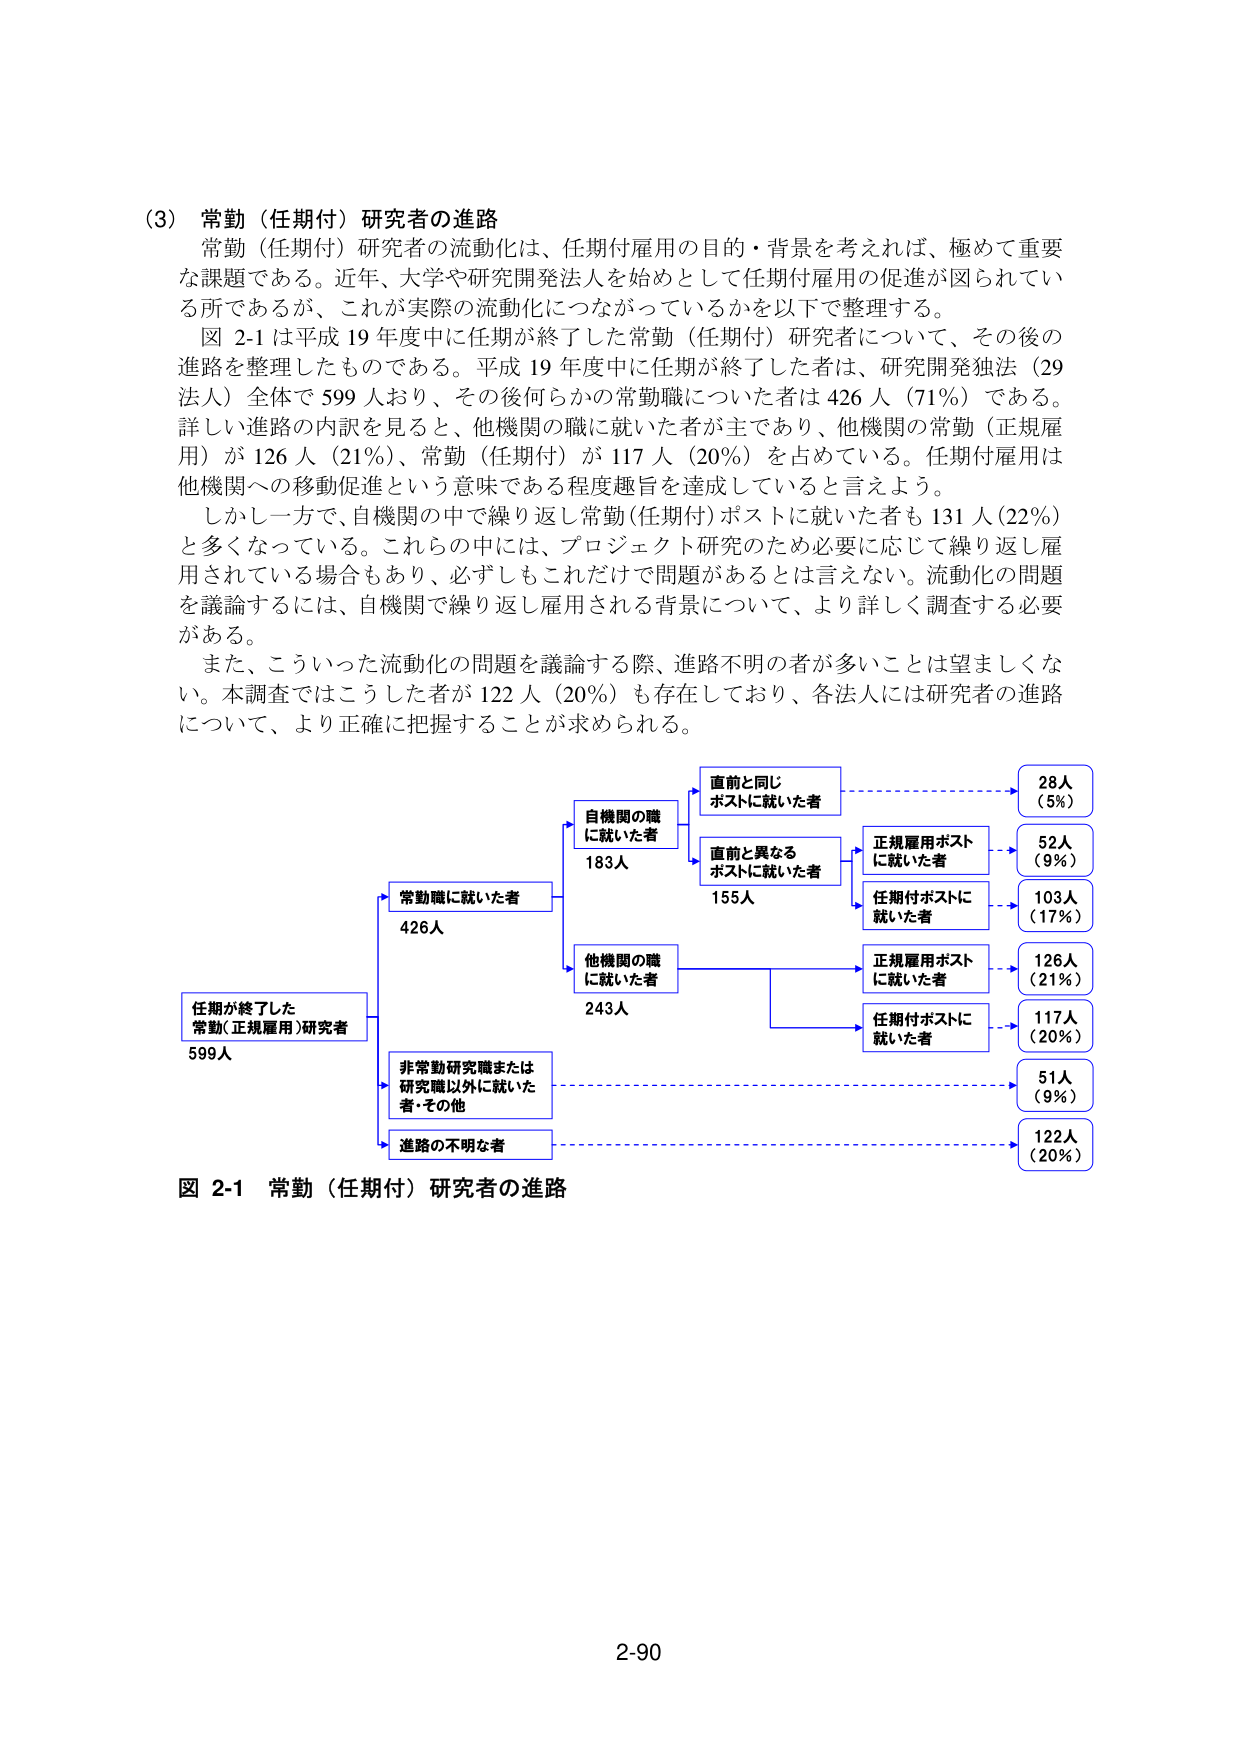
(3) 常勤（任期付）研究者の進路
常勤（任期付）研究者の流動化は、任期付雇用の目的・背景を考えれば、極めて重要な課題である。近年、大学や研究開発法人を始めとして任期付雇用の促進が図られている所であるが、これが実際の流動化につながっているかを以下で整理する。
図 2-1 は平成 19 年度中に任期が終了した常勤（任期付）研究者について、その後の進路を整理したものである。平成 19 年度中に任期が終了した者は、研究開発独法（29 法人）全体で 599 人おり、その後何らかの常勤職についた者は 426 人（71%）である。詳しい進路の内訳を見ると、他機関の職に就いた者が主であり、他機関の常勤（正規雇用）が 126 人（21%）、常勤（任期付）が 117 人（20%）を占めている。任期付雇用は他機関への移動促進という意味である程度趣旨を達成していると言えよう。
しかし一方で、自機関の中で繰り返し常勤（任期付）ポストに就いた者も 131 人（22%）と多くなっている。これらの中には、プロジェクト研究のため必要に応じて繰り返し雇用されている場合もあり、必ずしもこれだけで問題があるとは言えない。流動化の問題を議論するには、自機関で繰り返し雇用される背景について、より詳しく調査する必要がある。
また、こういった流動化の問題を議論する際、進路不明の者が多くことは望ましくない。本調査ではこうした者が 122 人（20%）も存在しており、各法人には研究者の進路について、より正確に把握することが求められる。

図 2-1 常勤（任期付）研究者の進路

任期が終了した
常勤（正規雇用）研究者
599人

→ 常勤職に就いた者
426人
　→ 自機関の職
　　に就いた者
　　183人
　　→ 直前と同じ
　　　ポストに就いた者
　　　28人
　　　（5%）
　　→ 直前と異なる
　　　ポストに就いた者
　　　155人
　　　→ 正規雇用ポスト
　　　　に就いた者
　　　　52人
　　　　（9%）
　　　→ 任期付ポストに
　　　　就いた者
　　　　103人
　　　　（17%）
　→ 他機関の職
　　に就いた者
　　243人
　　→ 正規雇用ポスト
　　　に就いた者
　　　126人
　　　（21%）
　　→ 任期付ポストに
　　　就いた者
　　　117人
　　　（20%）
→ 非常勤研究職または
　研究職以外に就いた
　者・その他
　51人
　（9%）
→ 進路の不明な者
　122人
　（20%）

2-90